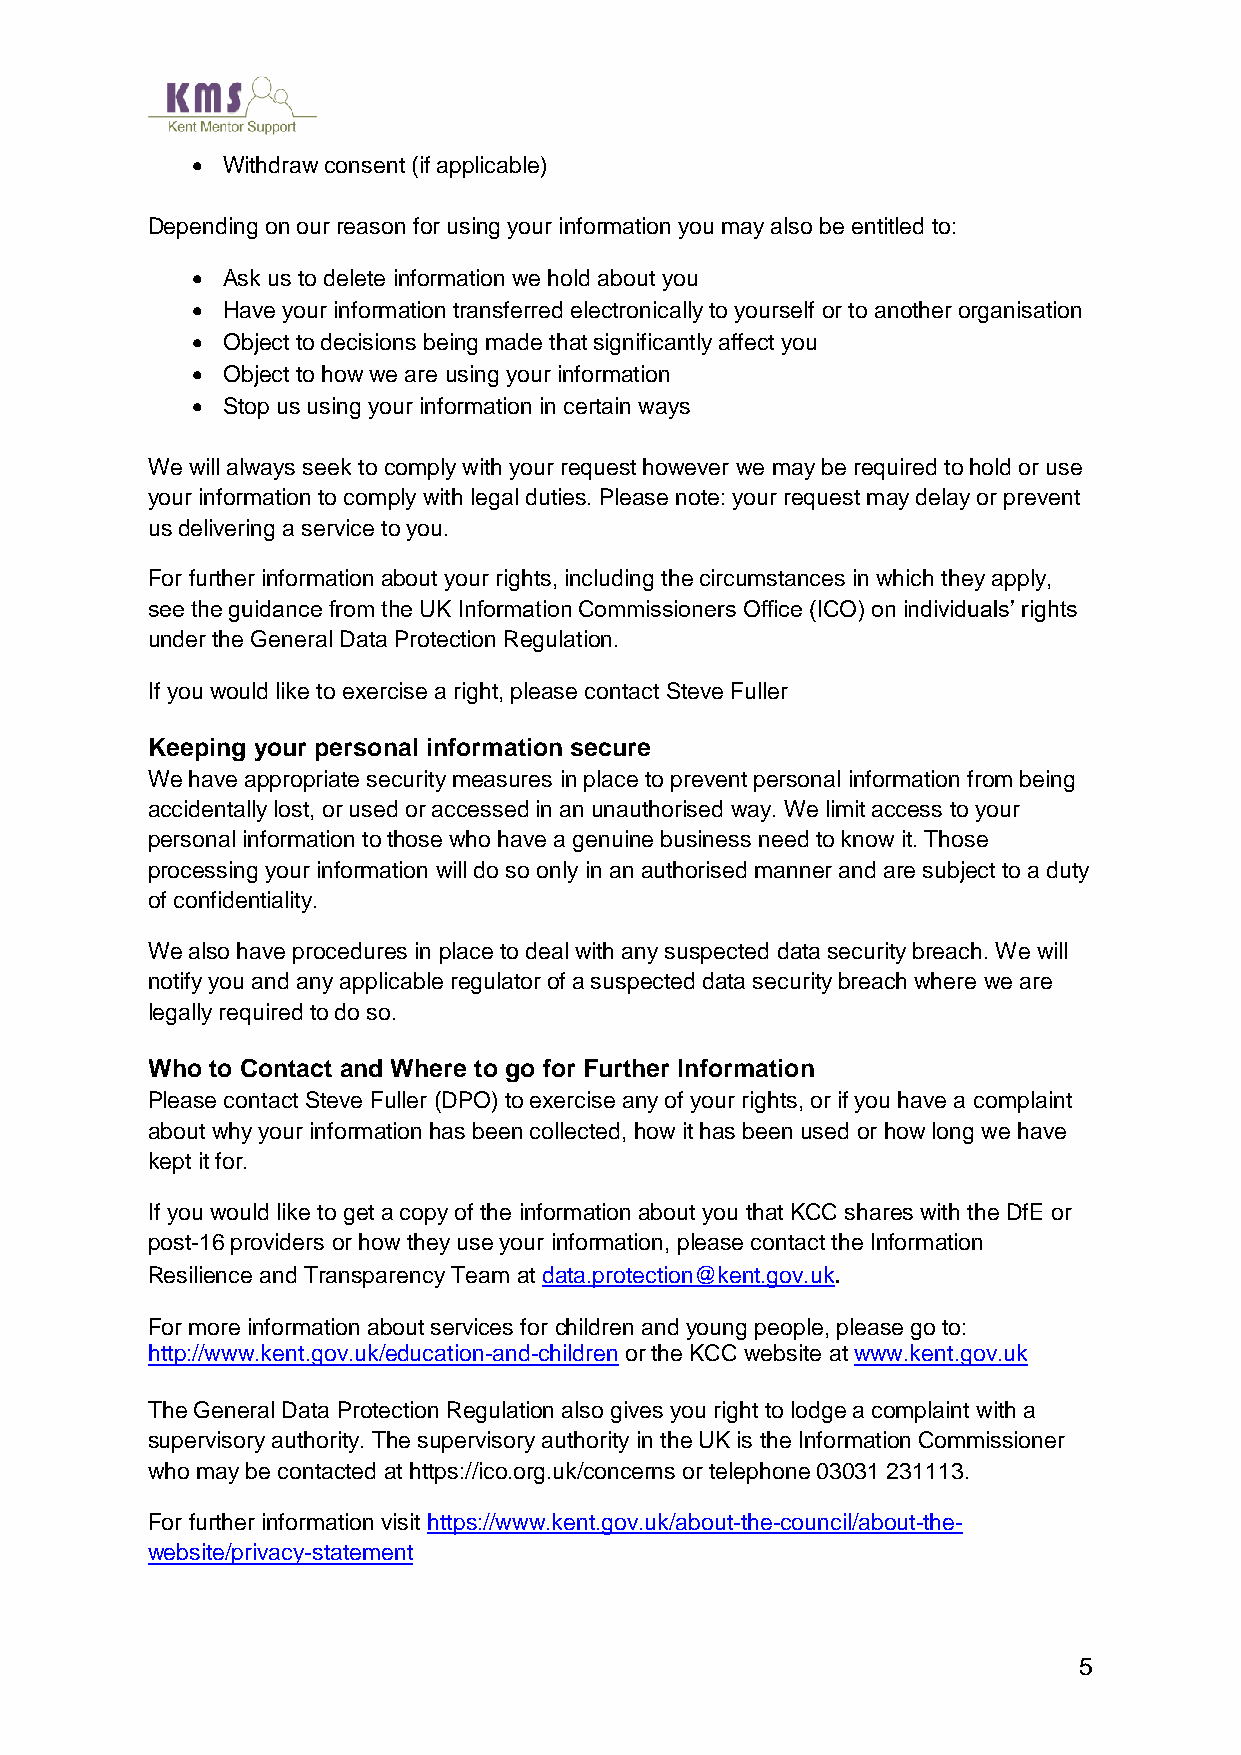
• Withdraw consent (if applicable)
 Depending on our reason for using your information you may also be entitled to:
 • Ask us to delete information we hold about you
 • Have your information transferred electronically to yourself or to another organisation
 • Object to decisions being made that significantly affect you
 • Object to how we are using your information
 • Stop us using your information in certain ways
 We will always seek to comply with your request however we may be required to hold or use
 your information to comply with legal duties. Please note: your request may delay or prevent
 us delivering a service to you.
 For further information about your rights, including the circumstances in which they apply,
 see the guidance from the UK Information Commissioners Office (ICO) on individuals’ rights
 under the General Data Protection Regulation.
 If you would like to exercise a right, please contact Steve Fuller
 Keeping your personal information secure
 We have appropriate security measures in place to prevent personal information from being
 accidentally lost, or used or accessed in an unauthorised way. We limit access to your
 personal information to those who have a genuine business need to know it. Those
 processing your information will do so only in an authorised manner and are subject to a duty
 of confidentiality.
 We also have procedures in place to deal with any suspected data security breach. We will
 notify you and any applicable regulator of a suspected data security breach where we are
 legally required to do so.
 Who to Contact and Where to go for Further Information
 Please contact Steve Fuller (DPO) to exercise any of your rights, or if you have a complaint
 about why your information has been collected, how it has been used or how long we have
 kept it for.
 If you would like to get a copy of the information about you that KCC shares with the DfE or
 post-16 providers or how they use your information, please contact the Information
 Resilience and Transparency Team at data.protection@kent.gov.uk.
 For more information about services for children and young people, please go to:
 http://www.kent.gov.uk/education-and-children or the KCC website at www.kent.gov.uk
 The General Data Protection Regulation also gives you right to lodge a complaint with a
 supervisory authority. The supervisory authority in the UK is the Information Commissioner
 who may be contacted at https://ico.org.uk/concerns or telephone 03031 231113.
 For further information visit https://www.kent.gov.uk/about-the-council/about-the-
 website/privacy-statement
 5